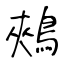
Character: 鵊